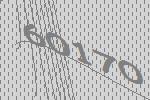
60170